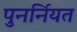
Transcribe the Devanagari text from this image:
पुनर्नियत